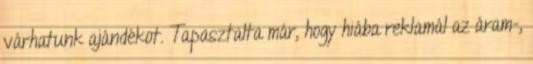
várhatunk ajándékot. Tapasztalta már, hogy hiába reklamál az áram-,